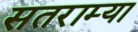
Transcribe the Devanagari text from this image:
सतराम्या